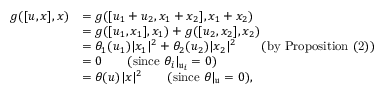
\begin{array} { r l } { g ( [ u , x ] , x ) } & { = g ( [ u _ { 1 } + u _ { 2 } , x _ { 1 } + x _ { 2 } ] , x _ { 1 } + x _ { 2 } ) } \\ & { = g ( [ u _ { 1 } , x _ { 1 } ] , x _ { 1 } ) + g ( [ u _ { 2 } , x _ { 2 } ] , x _ { 2 } ) } \\ & { = \theta _ { 1 } ( u _ { 1 } ) | x _ { 1 } | ^ { 2 } + \theta _ { 2 } ( u _ { 2 } ) | x _ { 2 } | ^ { 2 } \qquad \mathrm { ( b y ~ P r o p o s i t i o n ~ ( 2 ) ) } } \\ & { = 0 \qquad ( \mathrm { s i n c e } \ \theta _ { i } | _ { \mathfrak u _ { i } } = 0 ) } \\ & { = \theta ( u ) | x | ^ { 2 } \qquad ( \mathrm { s i n c e } \ \theta | _ { \mathfrak u } = 0 ) , } \end{array}